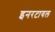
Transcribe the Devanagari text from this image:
इनरटायल